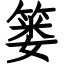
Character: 篓